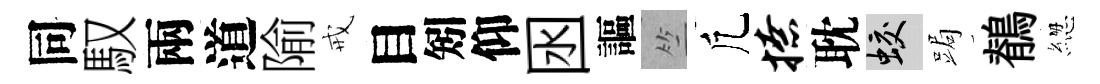
同馭兩道隃戒目矧仰囦謳竺凢撩耽蛟跼鶺緫